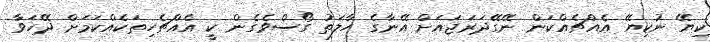
ކިޔޭ ނުކިޔޭ އެއްޗެއްކަން ނޭގޭދަރަޖައަށް އޭނާގެ ހާލަތު ގޯސްވެގެން ކީ އެއްޗެހިތަކެއްކަމަށް ދޭހަވާ